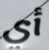
أي